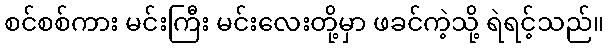
စင်စစ်ကား မင်းကြီး မင်းလေးတို့မှာ ဖခင်ကဲ့သို့ ရဲရင့်သည်။